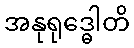
အနုရုဒ္ဓေါတိ